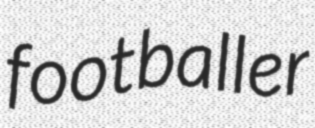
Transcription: footballer